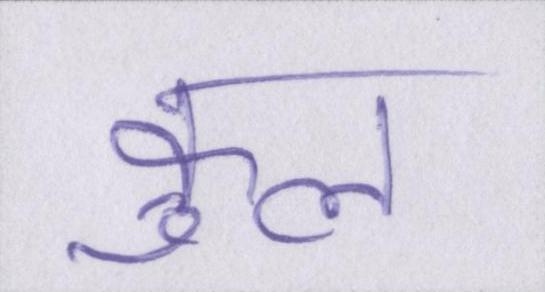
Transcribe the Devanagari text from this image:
कुल